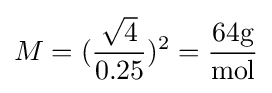
M=({\frac {\sqrt {4}}{0.25}})^{2}={\frac {\mathrm {64g} }{\mathrm {mol} }}